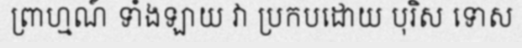
ព្រាហ្មណ៍ ទាំងឡាយ វា ប្រកបដោយ បុរិស ទោស